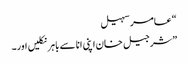
“ عامر سہیل
”شرجیل خان اپنی انا سے باہر نکلیں اور۔